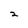
Character: 2